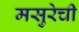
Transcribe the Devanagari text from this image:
मसुरेची